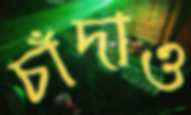
চাঁদাও